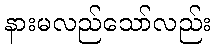
နားမလည်သော်လည်း